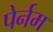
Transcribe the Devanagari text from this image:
पेर्नम